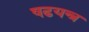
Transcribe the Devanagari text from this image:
षढयन्त्र